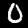
Digit: 0